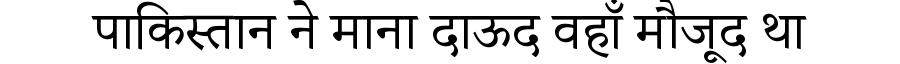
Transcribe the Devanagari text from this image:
पाकिस्तान ने माना दाऊद वहाँ मौजूद था